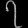
Digit: ၇